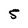
Character: 5